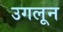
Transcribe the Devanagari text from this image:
उगलून